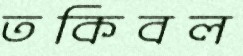
তকিবল